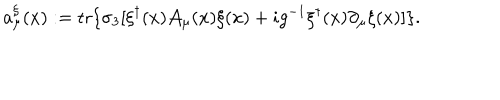
LaTeX: a _ { \mu } ^ { \xi } ( x ) : = \mathrm { t r } \{ \sigma _ { 3 } [ \xi ^ { \dagger } ( x ) { \cal A } _ { \mu } ( x ) \xi ( x ) + i g ^ { - 1 } \xi ^ { \dagger } ( x ) \partial _ { \mu } \xi ( x ) ] \} .